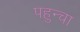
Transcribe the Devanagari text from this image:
पहुन्चा